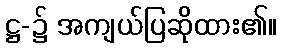
ဋ္ဌ-၌ အကျယ်ပြဆိုထား၏။